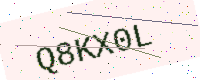
Text: Q8KX0L